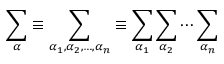
\sum _ { \boldsymbol { \alpha } } \equiv \sum _ { \alpha _ { 1 } , \alpha _ { 2 } , \ldots , \alpha _ { n } } \equiv \sum _ { \alpha _ { 1 } } \sum _ { \alpha _ { 2 } } \cdots \sum _ { \alpha _ { n } }